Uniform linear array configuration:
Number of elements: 16
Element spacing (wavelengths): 1
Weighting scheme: uniform
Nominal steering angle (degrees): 60
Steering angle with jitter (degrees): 61.466
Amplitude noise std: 0.05
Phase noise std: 0.05

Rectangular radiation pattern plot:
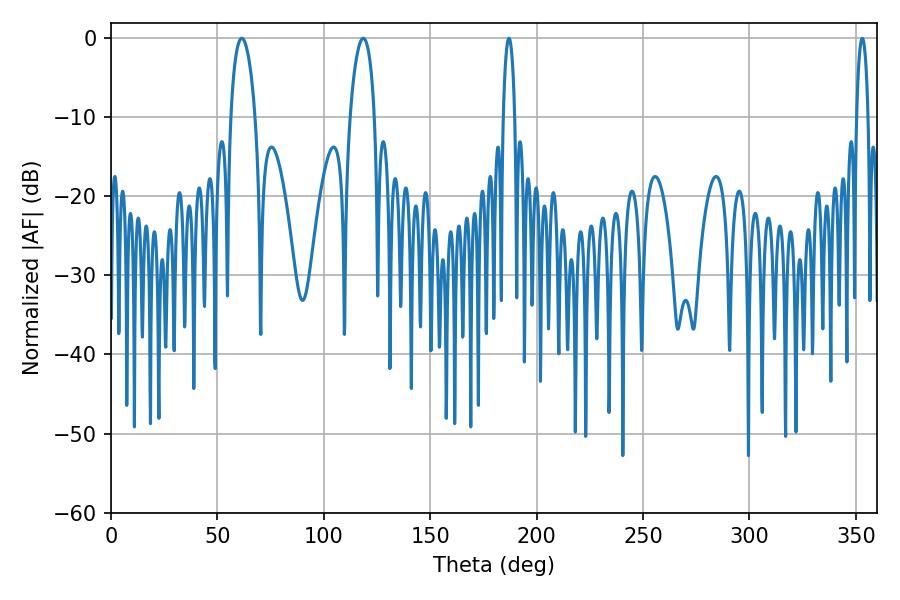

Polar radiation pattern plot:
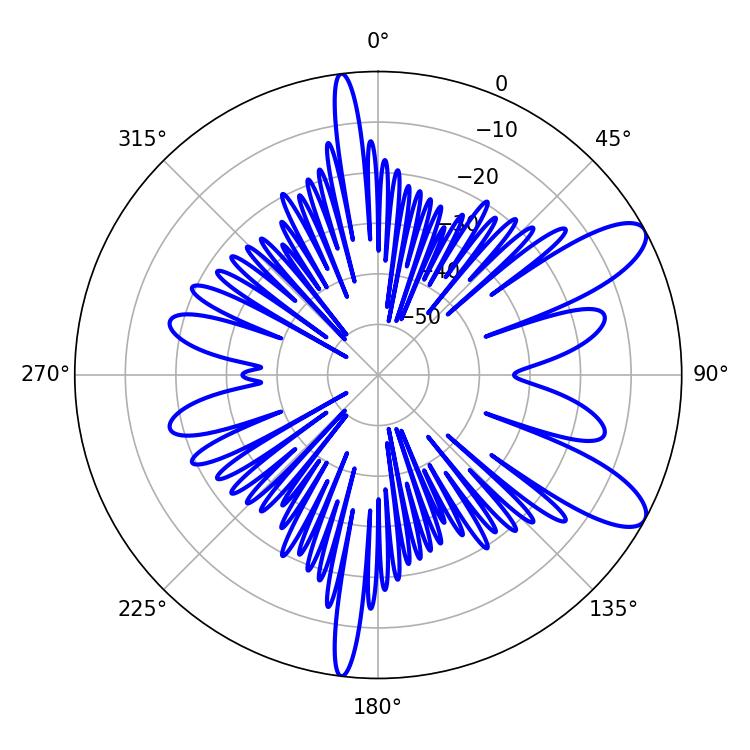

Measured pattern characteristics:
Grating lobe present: TRUE
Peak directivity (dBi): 9.883
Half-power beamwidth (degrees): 6.66
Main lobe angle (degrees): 61.38